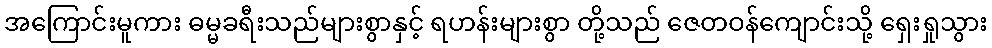
အကြောင်းမူကား ဓမ္မခရီးသည်များစွာနှင့် ရဟန်းများစွာ တို့သည် ဇေတဝန်ကျောင်းသို့ ရှေးရှုသွား